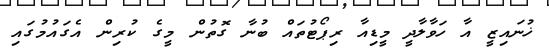
ޚުނައިޒީ އާ ހަވާލާދީ މީޑިއާ ރިޕޯޓުތައް ބުނާ ގޮތުން މީގެ ކުރިން އެގައުމުގައި